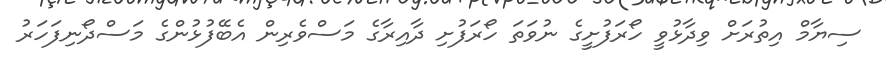
ސިޔާމް އިތުރަށް ވިދާޅުވީ ހޯރަފުށީގެ ނުވަތަ ހޯރަފުށި ދާއިރާގެ މަސްވެރިން އެބޭފުޅުންގެ މަސްދޯނިފަހަރު